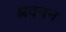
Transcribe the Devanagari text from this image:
श्रवनन